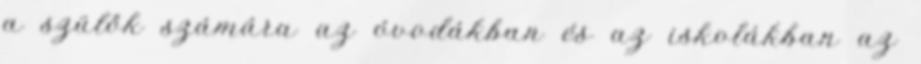
a szülők számára az óvodákban és az iskolákban az